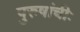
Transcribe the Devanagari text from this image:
पुरुषांचीः